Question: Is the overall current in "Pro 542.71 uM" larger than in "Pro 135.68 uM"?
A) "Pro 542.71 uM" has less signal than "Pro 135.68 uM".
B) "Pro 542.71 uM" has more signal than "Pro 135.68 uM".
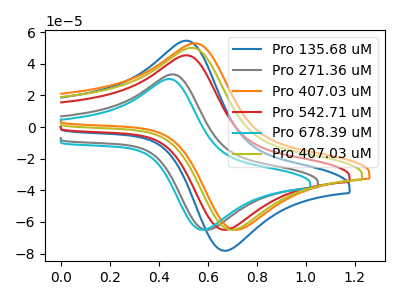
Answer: <think>The blue curve "Pro 135.68 uM" has an anodic peak at (0.50V, 54.65uA) and a cathodic peak at (0.70V, -78.10uA). The gray curve "Pro 271.36 uM" has an anodic peak at (0.45V, 33.35uA) and a cathodic peak at (0.60V, -64.90uA). The orange curve "Pro 407.03 uM" has an anodic peak at (0.55V, 52.95uA) and a cathodic peak at (0.75V, -64.90uA). The red curve "Pro 542.71 uM" has an anodic peak at (0.50V, 45.40uA) and a cathodic peak at (0.70V, -64.90uA). The cyan curve "Pro 678.39 uM" has an anodic peak at (0.45V, 30.40uA) and a cathodic peak at (0.60V, -64.90uA). The olive curve "Pro 407.03 uM" has an anodic peak at (0.55V, 50.15uA) and a cathodic peak at (0.70V, -64.90uA).
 All the peaks in "Pro 542.71 uM" have a peak in "Pro 135.68 uM" at the same potential. Every peak in "Pro 542.71 uM" is lower than every peak in "Pro 135.68 uM".</think>
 <answer>A) "Pro 542.71 uM" has less signal than "Pro 135.68 uM".</answer>
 <eval>A</eval>